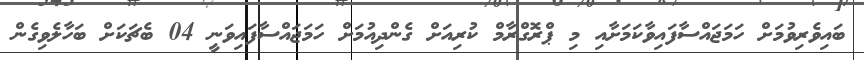
ބައިވެރިވުމަށް ހަމަޖައްސާފައިވާކަމަށާއި މި ޕްރޮގްރާމް ކުރިއަށް ގެންދިއުމަށް ހަމަޖައްސާފައިވަނީ 04 ބެޗަކަށް ބަހާލެވިގެން